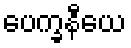
ပေက္ခနီယေ